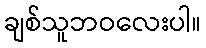
ချစ်သူဘဝလေးပါ။